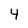
Character: 4